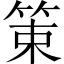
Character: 䇿